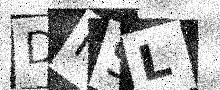
Text: DMSL